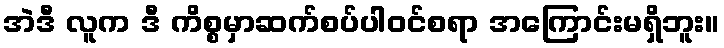
အဲဒီ လူက ဒီ ကိစ္စမှာဆက်စပ်ပါဝင်စရာ အကြောင်းမရှိဘူး။